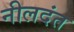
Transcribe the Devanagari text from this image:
नीलदंत